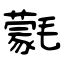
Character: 氋